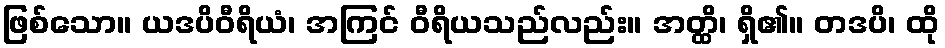
ဖြစ်သော။ ယဒပိဝီရိယံ၊ အကြင် ဝီရိယသည်လည်း။ အတ္ထိ၊ ရှိ၏။ တဒပိ၊ ထို